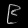
Digit: ၉